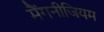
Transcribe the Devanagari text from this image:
मैंगनीजियम